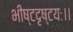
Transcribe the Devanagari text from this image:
भीष्टदृष्टयः।।